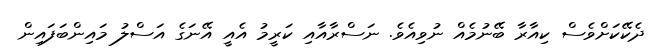
ދެކޭކަށްވެސް ކިއާރާ ބޭނުމެއް ނުވިއެވެ. ނަސްރާއާއި ކަރީމު އެއީ އޭނަގެ އަސްލު މައިންބަފައިން